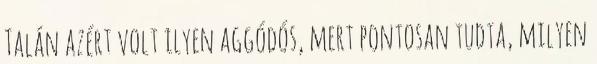
Talán azért volt ilyen aggódós, mert pontosan tudta, milyen